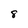
Character: 8